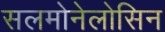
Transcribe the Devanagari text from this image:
सलमोनेलोसिन